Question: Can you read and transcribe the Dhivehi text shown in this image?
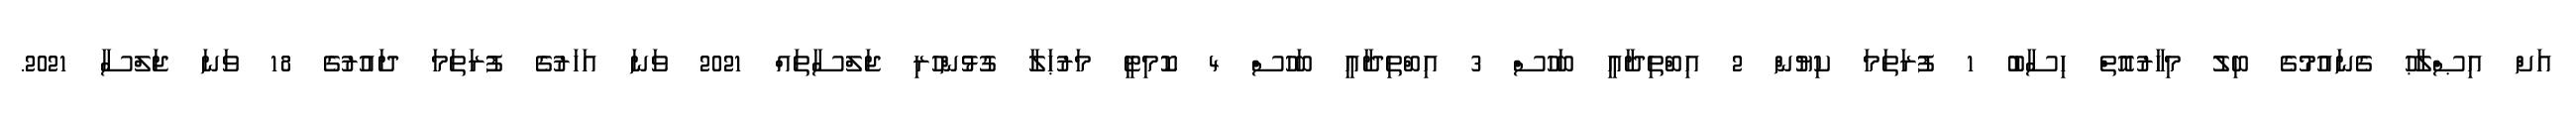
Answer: އަށް އިޞްލާޙު ގެނައުމުގެ ބިލު މިހާރުއޮތް ހިސާބު 1 ފުރަތަމަ ކިޔުން 2 އިބްތިދާއީ ބަހުސް 3 އިބްތިދާއީ ބަހުސް 4 ކޮމިޓީ މަރުޙަލާ ގުޅުންހުރި ޖަލްސާތައް 2021 ވަނަ އަހަރުގެ ފުރަތަމަ ދައުރުގެ 18 ވަނަ ޖަލްސާ 2021.